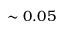
\sim 0 . 0 5